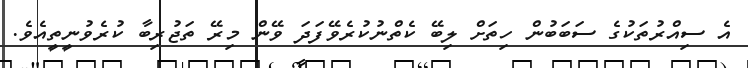
އެ ސިއްރުތަކުގެ ސަބަބުން ހިތަށް ލިބޭ ކެތްނުކުރެވޭފަދަ ވޭން މިރޭ ތަޖުރިބާ ކުރެވުނީތީއެވެ.